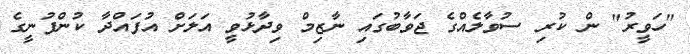
"ހަވީރު" ން ކުރި ސުވާލެއްގެ ޖަވާބުގައި ނާޒިމް ވިދާޅުވީ އަލަށް އުފައްދާ ކުންފުނީގެ